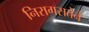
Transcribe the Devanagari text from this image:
निरागसतेने